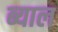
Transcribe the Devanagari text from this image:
ब्‍याल